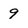
Character: 9